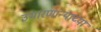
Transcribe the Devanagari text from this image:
उभारणार्‍याच्या